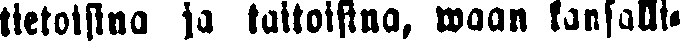
tietoisina ja taitoisina, waan kansalli-